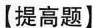
【提高题】